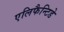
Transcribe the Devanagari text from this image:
एलिफैन्टिडे